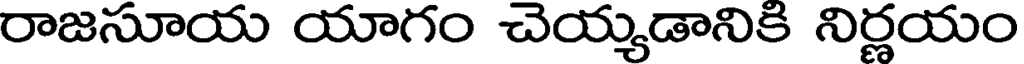
రాజసూయ యాగం చెయ్యడానికి నిర్ణయం